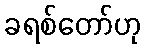
ခရစ်တော်ဟု